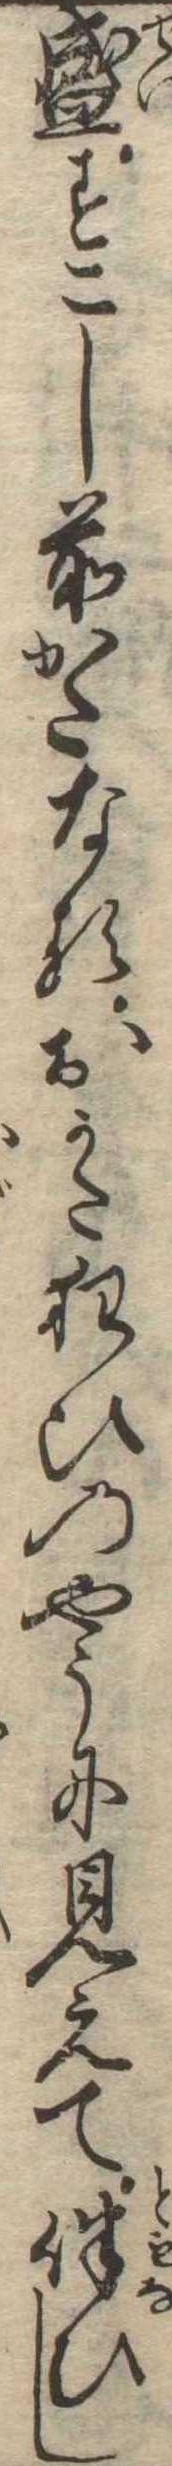
盛すこし前かたなるおかた狂ひのやうに見えて伴ひし